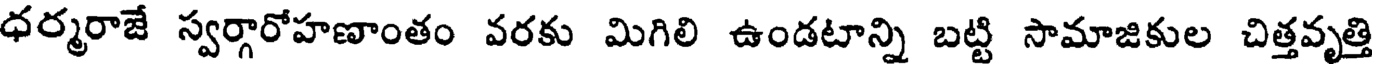
ధర్మరాజే స్వర్గారోహణాంతం వరకు మిగిలి ఉండటాన్ని బట్టి సామాజికుల చిత్తవృత్తి